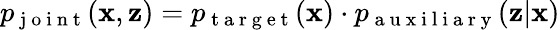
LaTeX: p_{\mathrm{~j~o~i~n~t~}}(\mathbf{x},\mathbf{z})=p_{\mathrm{~t~a~r~g~e~t~}}(\mathbf{x})\cdot p_{\mathrm{~a~u~x~i~l~i~a~r~y~}}(\mathbf{z}|\mathbf{x})